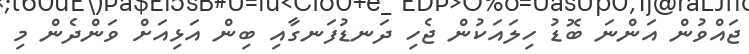
ޖައްވުން އަންނަ ބޮޑު ހިލައަކުން ޖެހި ދަނޑުފަނގާއި ބިން އަޅިއަށް ވަންދެން މި